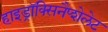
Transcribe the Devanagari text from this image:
हाइड्रॉक्सिनैप्शेलेट